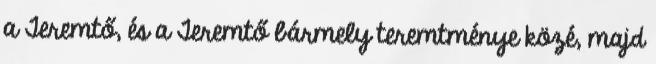
a Teremtő, és a Teremtő bármely teremtménye közé, majd